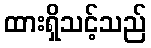
ထားရှိသင့်သည်